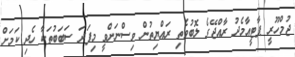
ޖުމްހޫރީ ޕާޓީއާމެދު ރާއްޖޭގެ ލޮބުވެތި ރައްޔިތުން ވިސްނަންވީ މިފަދަ ސަބަބުތަކާ ހެދި ކަމަށް